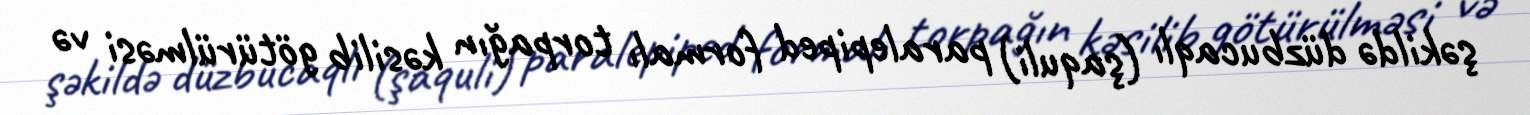
şəkildə düzbucaqlı (şaquli) paralepiped formalı torpağın kəsilib götürülməsi və